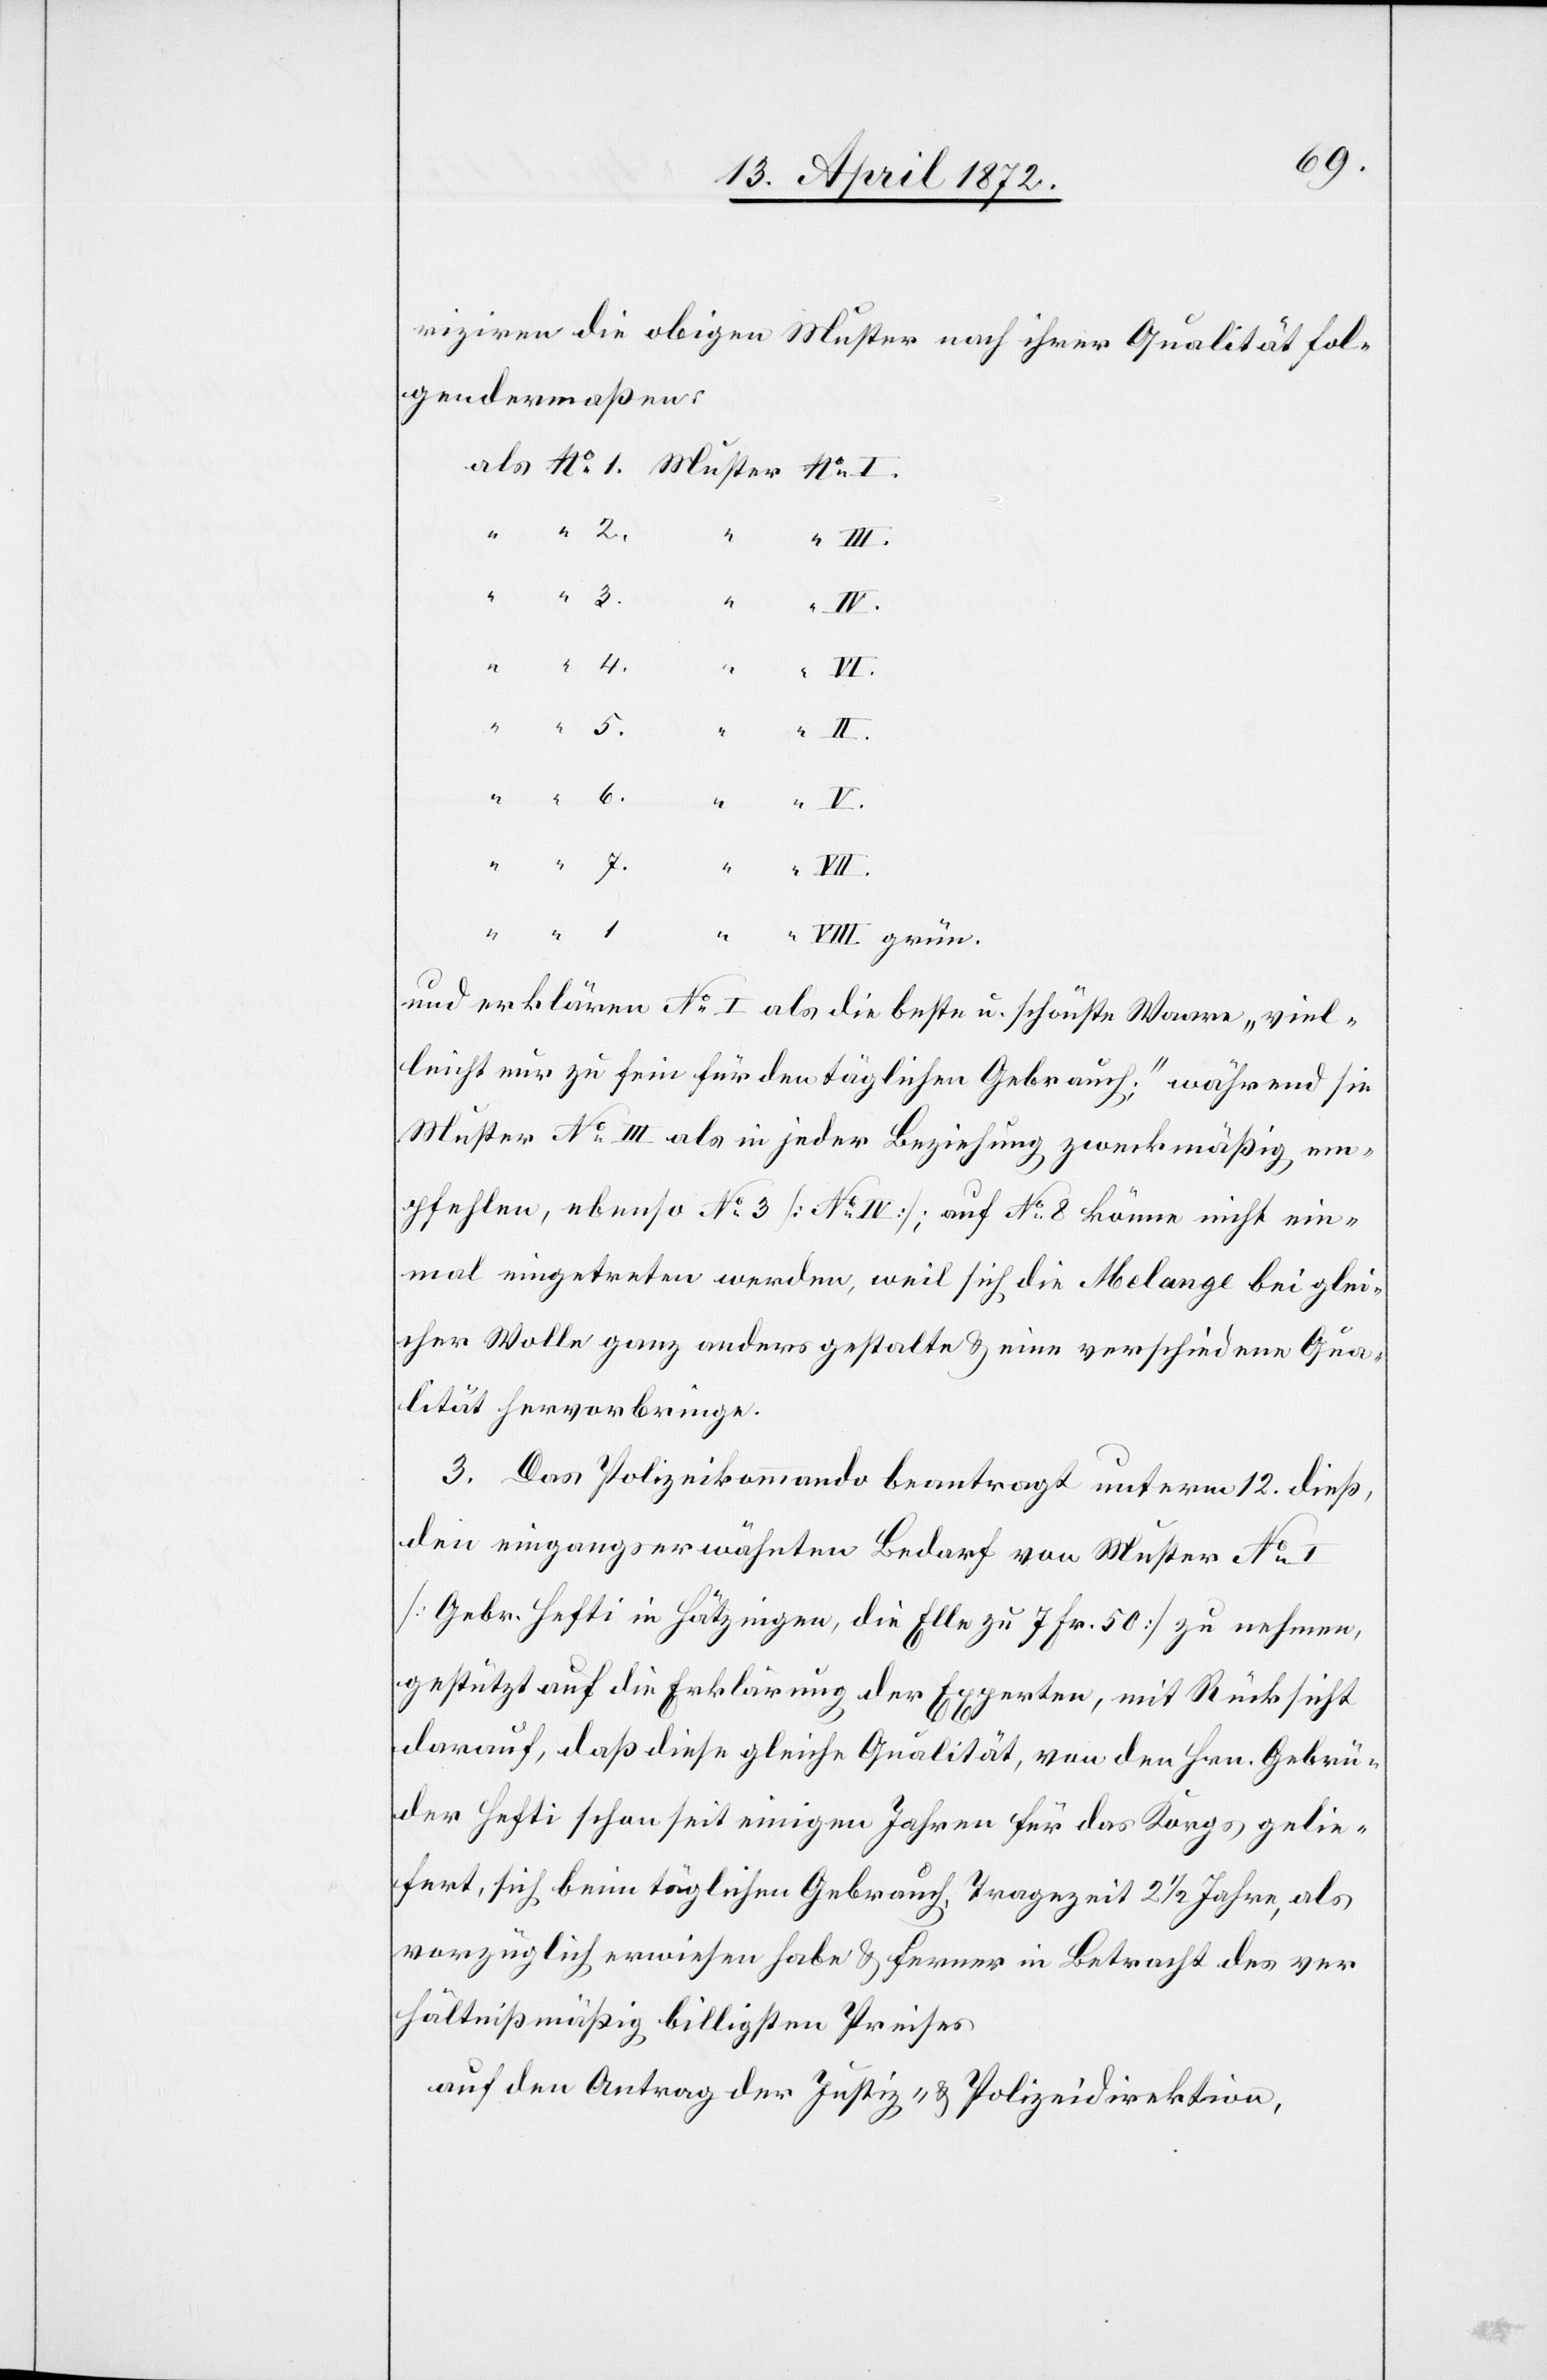
riziren die obigen Muster nach ihrer Qualität fol¬
gendermaßen:
VII.
V.
VIII. grün.
und erklären No I als die beste u. schönste Waare „viel¬
leicht nur zu fein für den täglichen Gebrauch.“ während sie
Muster No III als in jeder Beziehung zweckmäßig em¬
pfehlen, ebenso No 3 [No IV]; auf No 8 könne nicht ein¬
mal eingetreten werden, weil sich die Melange bei glei¬
cher Wolle ganz anders gestalte u. eine verschiedene Qua¬
lität hervorbringe.
3. Das Polizeikommando beantragt unterm 12. dieß,
den eingangs erwähnten Bedarf von Muster No
[Gebr. Hefti in Hätzingen, die Elle zu 7 Fr. 50] zu nehmen,
gestützt auf die Erklärung der Experten, mit Rücksicht
darauf, daß diese gleiche Qualität, von den Hrn. Gebrü¬
dern Hefti schon seit einigen Jahren für das Korps gelie¬
fert, sich beim täglichen Gebrauch, Tragezeit 2 1/2 Jahre, als
vorzüglich erwiesen habe u. ferner in Betracht des ver¬
hältnißmäßig billigsten Preises
auf den Antrag der Justiz- u. Polizeidirektion,